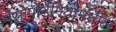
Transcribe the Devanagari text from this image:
मेसोपोटेमियामधील